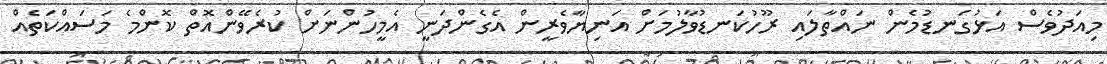
މިއަދުވެސް އަޅުގަނޑުމެން ނައްތާލައި ރޫހުކަނޑުވާލުމަށް އަނިޔާވެރީން އެގެންދަނީ އެމީހުންނަށް ކުރެވޭންއޮތް ކޮންމެ މަސައްކަތެއް